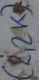
Text: (2,2K)